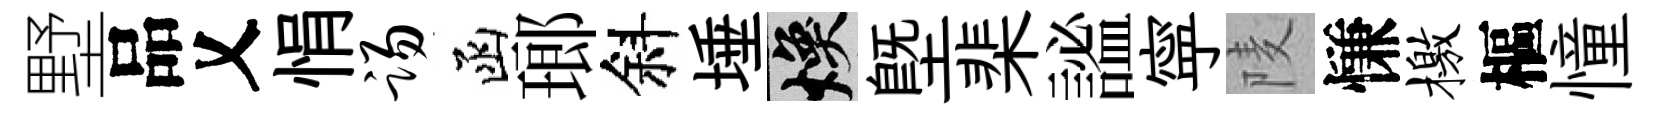
墅品乂悁踢函瑯斜埵焕塈棐謐寜𨹧慊檄樞憧